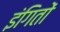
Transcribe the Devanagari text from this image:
इंगितों